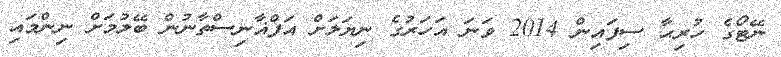
ނޭޓޯގެ ހުރިޙާ ސިފައިން 2014 ވަނަ އަހަރުގެ ނިޔަލަށް އަފްޣާނިސްތާނުން ބޭލުމަށް ނިންމައި